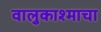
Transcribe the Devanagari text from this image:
वालुकाश्माचा